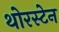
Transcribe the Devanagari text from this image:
थोरस्टेन